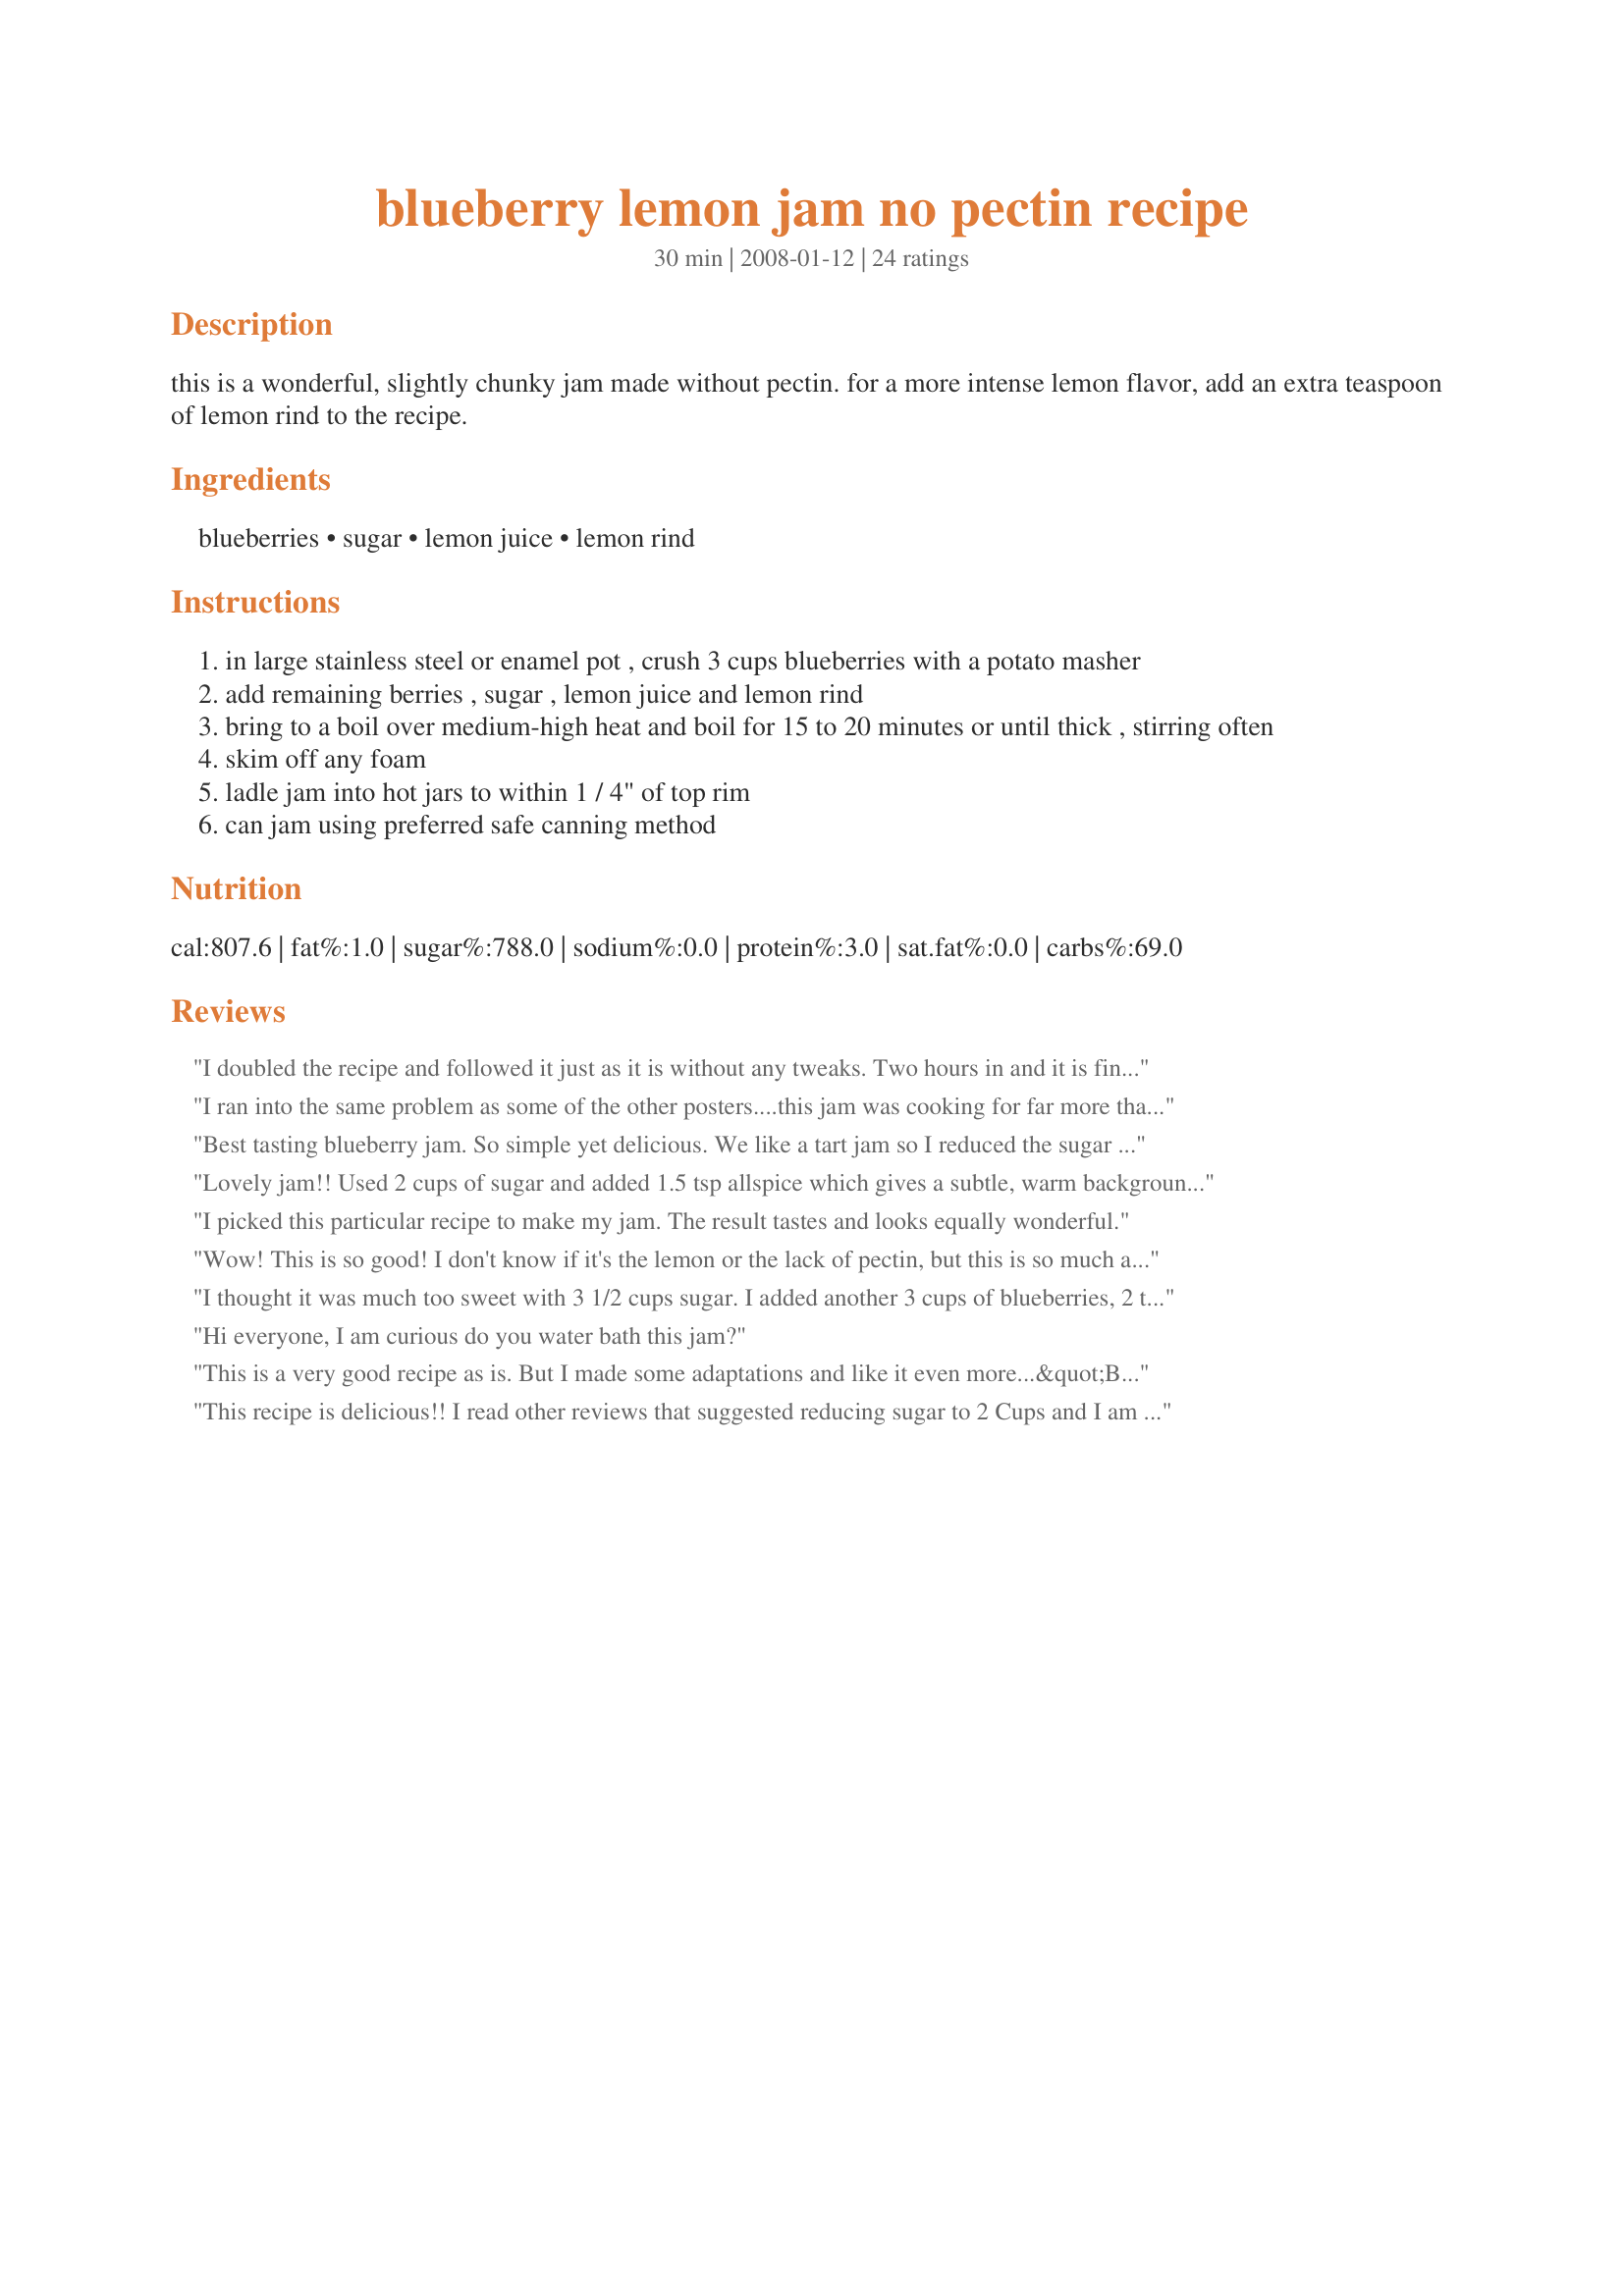
blueberry lemon jam no pectin recipe
Preparation time: 30 minutes

this is a wonderful, slightly chunky jam made without pectin. for a more intense lemon flavor, add an extra teaspoon of lemon rind to the recipe.

Ingredients:
blueberries, sugar, lemon juice, lemon rind

Steps:
in large stainless steel or enamel pot , crush 3 cups blueberries with a potato masher
add remaining berries , sugar , lemon juice and lemon rind
bring to a boil over medium-high heat and boil for 15 to 20 minutes or until thick , stirring often
skim off any foam
ladle jam into hot jars to within 1 / 4" of top rim
can jam using preferred safe canning method

Reviews:
I doubled the recipe and followed it just as it is without any tweaks. Two hours in and it is finally starting to thicken! This is the tomato sauce process for making jam! The flavor is wonderful and the yield was 7 1/2 pints. That is not bad for 12 cups of berries! Flavor is fabulous!
I ran into the same problem as some of the other posters....this jam was cooking for far more than 20 minutes...I was not using wild berries and this may be the difference but it was close to 90 minutes before this jam passed the gel test...awesome flavour though!
Best tasting blueberry jam. So simple yet delicious. We like a tart jam so I reduced the sugar to 2 1/2 cup, and cooked it a little longer, about 25 minutes, excellent results. Making more tonight. Thank you for the recipe.
Lovely jam!! Used 2 cups of sugar and added 1.5 tsp allspice which gives a subtle, warm background flavour. Will probably use more lemon juice/zest next time only because we like lemon! Thank you!
I picked this particular recipe to make my jam. The result tastes and looks equally wonderful.
Wow! This is so good! I don't know if it's the lemon or the lack of pectin, but this is so much awesome than the jam I made the other day! It is very sweet to me, but I just remember I had to sub a little, a mix of brown sugar and honey. So far it's set quite well, though it's not cooled yet. This is my new jam recipe!
I thought it was much too sweet with 3 1/2 cups sugar. I added another 3 cups of blueberries, 2 tbsp lemon juice and 1 tsp lemon rind. It helped reduce the sweetness. I am going to try it with less sugar next time, and add apple peels to add natural pectin.
Hi everyone, I am curious do you water bath this jam?
This is a very good recipe as is. But I made some adaptations and like it even more...&quot;Blueberry Lemonade Jam.&quot; I omitted the lemon zest and added 2 scant tablespoons of King Arthur Flour&#039;s Lemon Juice Powder. FABULOUS! I have gotten rave reviews from everyone who tasted it. (I&#039;ve made and shared many batches in the past few weeks.) Like others, mine needed a longer cooking time - about 40 minutes each time. Enjoy!
This recipe is delicious!! I read other reviews that suggested reducing sugar to 2 Cups and I am very pleased with the outcome. Next time I will double the recipe, this won't last long :)
This was my first time making blueberry jam, and my first time making any kind of jam without pectin. It turned out great!
I doubled the recipe since I had six pints of fresh berries to work with. I followed another reviews recommendation, and for the 12 cups of blueberries I had, I only used 4 cups of sugar in total (2 cups for each recipe).
After 15-20 minutes of boiling I reached the right thickness. I didn&#039;t get any foaming that I noticed.
The resulting jam has just the right amount of chunkiness for our family, jelled up beautifully, and you can really taste the flavor of the berries by using less sugar.
This recipe was really quick and easy. I&#039;ll make this again for sure!
Yum! I liked this, and the county fair did too! Got a ribbon! I cut the sugar to 2 cups and added some lime juice and lemon zest to give more flavor.
First time making blueberry jam and found it too sweet for us using the recommended sugar but loved the chunky whole blueberry texture. Second time cut the sugar to 2 cups per 6 cups of blueberrys and added extra lemon juice and rind. It set beautifully and tasted perfect for us.
My cooking time was much longer to make the jam thick, and I even added a bit of grated apple peel for natural pectin. However, the end result was delicious! I will be making this again. Thanks for such an easy recipe. :)
This is the perfect jam recipe. I reduced the sugar to two cups and it still set up perfectly! Cooked it 20 mins in a 12&quot; wide pot to allow for a wide heat base. A keeper!
first time ever making blueberry jam. was really easy to follow. will do again.
I made this today for the first time. I saw others had found the jam to be too sweet so I cut the sugar to 2 cups and added a pinch of cinnamon. I used a fresh lemon and a little concentrated lemon juice and added the 2 teaspoons of lemon zest. I used fresh locally cultivated blueberries and cooked it with a rolling boil and there was no foam it was perfectly done in 12 minutes. Yield was 3- 8oz jars plus a tablespoon left over to put on a croissant for the cook. This one goes into the recipe folder.
Signed up just so I could review this recipe. Winner winner blueberry jam dinner! The lemon flavor was not crushed by the cooking, and the jam bubbled and sparkled while cooking like so many amethysts. Beautiful spread and so very tasty. And, what's more, it was very easy to make. Simple, fresh ingredients help a lot, of course. One note: I had 8 cups instead of 6, so I multiplied the other ingredients by the same factor (1 1/3) to no ill effect. I increased the cooking time slightly as well, and it seemed to gel up quite nicely. The biggest time sink here was the canning process, honestly. What a great find. Thank you so much!
HI, what's the shelf life on this jam? We want to make it for wedding favors
Made this recipe twice. Followed it to the letter first time and it was delicious but a tad sweet for me. Second time I used only two cups of organic sugar, orange rind and juice, instead of lemon, and it it was really perfect. Several posts mention the cooking time taking much longer than 15 minutes. I used a deep 12 inch stainless steel skillet over medium high heat instead of a pot. It allows the berries to cook faster. In less than 20 minutes I had a thick gorgeous jam.
Fabulous recipe - I ran the first couple of cups of blueberries through the blender for a slightly smoother base to the jam. I also substituted two cups Stevia for two cups of sugar. Once the jam reached a full boil that could not be stirred down, it was exactly 20 minutes before the pan of berries was thick and ready to be put in jars. Love the flavor and texture. Thank you for posting this wonderful recipe.
Fabulous recipe! It sets wonderfully, and this is so flavorful. I love the combination of smooth and chunky in this jam. I love seeing the chunks of fruit in the jam. This tastes so fresh I won&#039;t go back to store bought. We found our new house favorite! I was only able to make three 8 ounce jelly jars with this recipe. Am I able to double or triple this recipe and still get the same great results? I did water bath process these little gems but I can&#039;t seem to keep them in storage long enough.
My jam took much longer to cook than indicated and was way too sweet, however the texture was the worst part of the results. I used blueberries we'd picked locally that day, but I think the copious amount of sugar was the culprit. My jam had a texture similar to floor glue. I'd recommend reducing the sugar from 3 1/2 cups to 1 cup, the lemon juice from 1/4 cup to 1-2 teaspoons and the grated lemon rind from 2 teaspoons to 1/2 to 1 teaspoon. I'm making a batch now with those adjustments. It is turning out much better (similar to small batch strawberry preserves I regularly make) and with much less sugar will be healthier.
This was easy and very good!! Added a pat of butter (1/2 Tbsp or so) during the cooking phase to prevent the foam. Cooked a little too long since it was a little too firm - once it starts thickening, put a dollop on a saucer and let cool. Once it reaches the consistency you like, it's ready. I used 4 cups blueberries, juice of 1 lemon and 1 1/2 cups of sugar and it yielded 2 half pints. Will definitely make this again!
